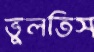
ভুলতিস